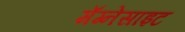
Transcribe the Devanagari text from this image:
मॅग्नेसाइट